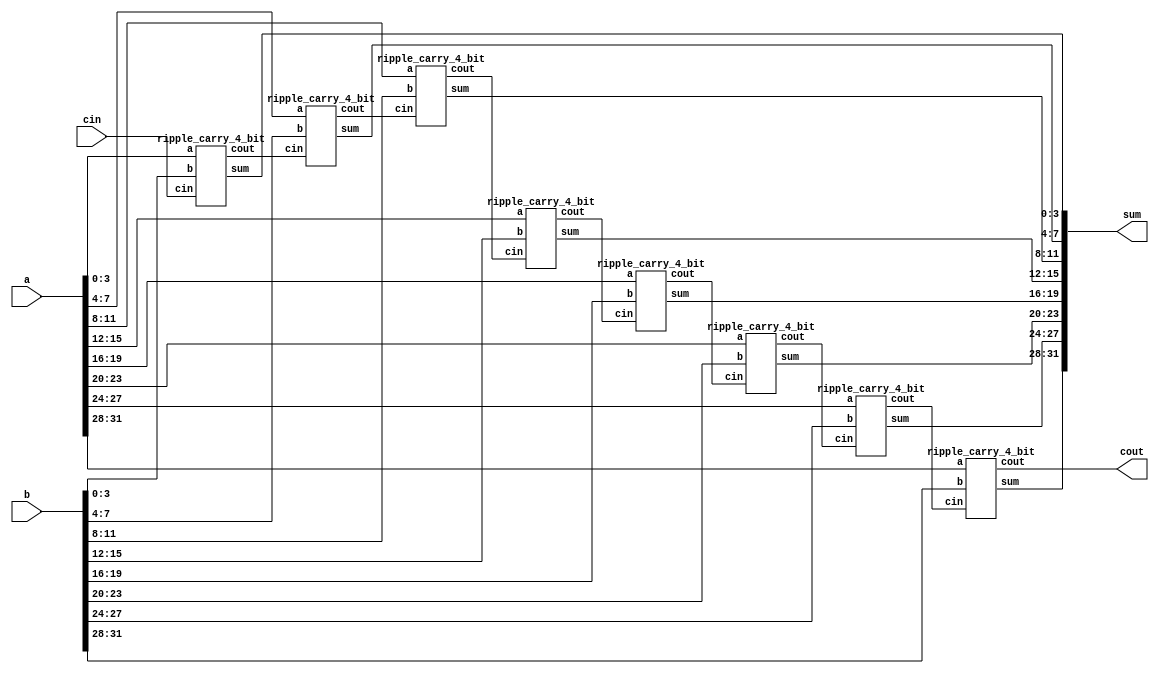
`timescale 1ps / 1fs	// (unit, precision)
//////////////////////////////////////
//32-bit Ripple Carry Adder 
/////////////////////////////////////
 
module ripple_carry_32_bit(a, b, cin, sum, cout);
input [31:0] a,b;
input cin;
output [31:0] sum;
output cout;
wire c[6:0];
 
ripple_carry_4_bit rca0 (.a(a[3:0]), .b(b[3:0]), .cin(cin), .sum(sum[3:0]), .cout(c[0])); 
ripple_carry_4_bit rca1 (.a(a[7:4]), .b(b[7:4]), .cin(c[0]), .sum(sum[7:4]), .cout(c[1])); 
ripple_carry_4_bit rca2 (.a(a[11:8]), .b(b[11:8]), .cin(c[1]), .sum(sum[11:8]), .cout(c[2])); 
ripple_carry_4_bit rca3 (.a(a[15:12]), .b(b[15:12]), .cin(c[2]), .sum(sum[15:12]), .cout(c[3]));
ripple_carry_4_bit rca4 (.a(a[19:16]), .b(b[19:16]), .cin(c[3]), .sum(sum[19:16]), .cout(c[4])); 
ripple_carry_4_bit rca5 (.a(a[23:20]), .b(b[23:20]), .cin(c[4]), .sum(sum[23:20]), .cout(c[5])); 
ripple_carry_4_bit rca6 (.a(a[27:24]), .b(b[27:24]), .cin(c[5]), .sum(sum[27:24]), .cout(c[6])); 
ripple_carry_4_bit rca7 (.a(a[31:28]), .b(b[31:28]), .cin(c[6]), .sum(sum[31:28]), .cout(cout));

endmodule
 
////////////////////////////////////
//4-bit Ripple Carry Adder
////////////////////////////////////
 
module ripple_carry_4_bit(a, b, cin, sum, cout);
input [3:0] a,b;
input cin;
wire c1,c2,c3;
output [3:0] sum;
output cout;
 
full_adder fa0(.a(a[0]), .b(b[0]),.cin(cin), .sum(sum[0]),.cout(c1));
full_adder fa1(.a(a[1]), .b(b[1]), .cin(c1), .sum(sum[1]),.cout(c2));
full_adder fa2(.a(a[2]), .b(b[2]), .cin(c2), .sum(sum[2]),.cout(c3));
full_adder fa3(.a(a[3]), .b(b[3]), .cin(c3), .sum(sum[3]),.cout(cout));
endmodule
 
//////////////////////////////
//1bit Full Adder
/////////////////////////////
module full_adder(a,b,cin,sum, cout);
input a,b,cin;
output sum, cout;
wire x,y,z;
half_adder h1(.a(a), .b(b), .sum(x), .cout(y));
half_adder h2(.a(x), .b(cin), .sum(sum), .cout(z));
or #(458.88, 449.74) or_1(cout,z,y);
endmodule
 
///////////////////////////
// 1 bit Half Adder
//////////////////////////
module half_adder( a,b, sum, cout );
input a,b;
output sum, cout;
xor #(350.51, 306.96) xor_1 (sum,a,b);
and #(452.43, 400.56) and_1 (cout,a,b);
endmodule